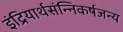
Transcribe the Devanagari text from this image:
इंद्रियार्थसंन्निकर्षजन्य